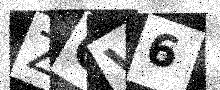
Text: ZCV6